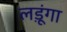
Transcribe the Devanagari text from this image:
लड़ूंगा